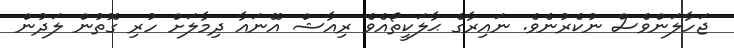
ޖަހާލަންވެސް ނުކެރުނެވެ. ނައިރާގެ ޙާލަކީތޯއެވެ ރިއާޝް އޭނައާ ދިމާލަށް ހުރި ގޮތުން ލަދުން